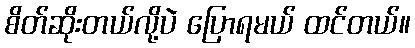
စိတ်ဆိုးတယ်လို့ပဲ ပြောရမယ် ထင်တယ်။